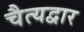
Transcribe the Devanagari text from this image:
चैत्यद्वार